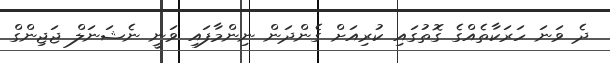
ދެ ވަނަ ހަރަކާތެއްގެ ގޮތުގައި ކުރިއަށް ގެންދަން ނިންމާފައި ވަނީ ނެޝަނަލް ޖަޖިންގް